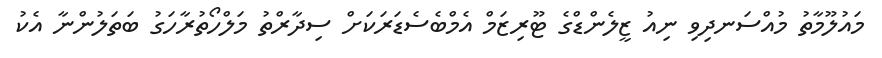
މައުލޫމާތު މުއްސަނދިވި ނިއު ޒީލެންޑްގެ ޓޫރިޒަމް އެމްބެސެޑަރަކަށް ސިދާރްތު މަލްހޯތުރާހަގު ބަތަލުންނާ އެކު